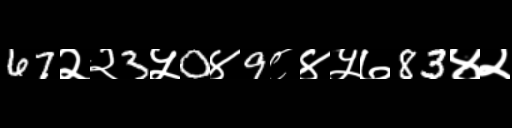
Text: 67२२3५0४9८४५७83४२